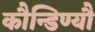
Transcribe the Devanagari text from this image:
कौन्डिण्यौ